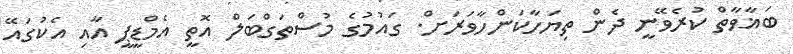
ބަޣާވާތް ކުރެވޭނީ ދެން ތިޔަހާކަންހާވަރަށް. ގައުމުގެ މުސްތަގްބަލް އޮތީ އެމްޑީޕީ އާއި އެކުގައޭ